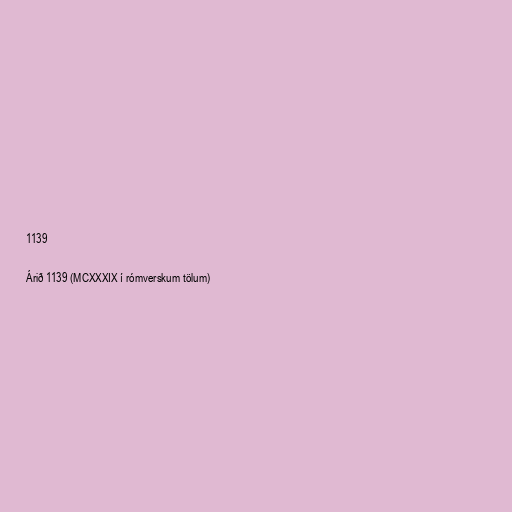
1139

Árið 1139 (MCXXXIX í rómverskum tölum)